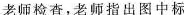
老师检查，老师指出图中标